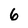
Character: 6